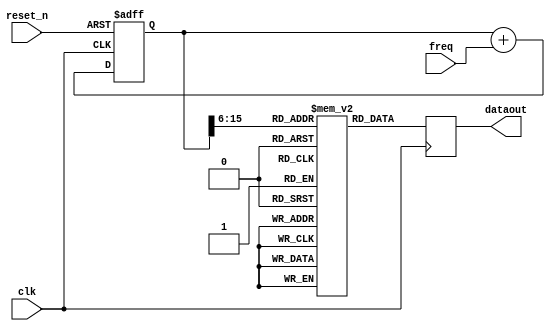
module Sin_Generator(clk,
                     reset_n,
							freq,
							dataout
                     );
	input clk;
	input reset_n;
	input [15:0] freq;
	output reg [15:0] dataout;
	(* ram_init_file = "sintable.mif" *) reg [15:0] sintable [1023:0]/*systhesis */;

	reg [15:0] freq_counter; //16bit counter

	always @(posedge clk) //change data at posedge of lrclk
	begin
       dataout <= sintable[freq_counter[15:6]]; // 10-bit address;
	end

	
	always @(posedge clk or negedge reset_n) //step counter
	begin
    if(!reset_n)
	    freq_counter <= 16'b0;
	 else
	    freq_counter <= freq_counter + freq;
	end
endmodule